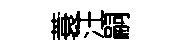
蓑汪嗣